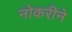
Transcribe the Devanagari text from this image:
नोकरीने